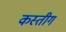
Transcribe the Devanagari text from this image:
कस्तीग